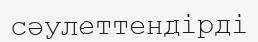
сәулеттендірді